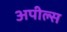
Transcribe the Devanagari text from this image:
अपील्‍स